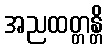
အညထတ္တန္တိ